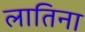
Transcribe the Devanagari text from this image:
लातिना